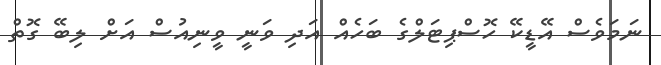
ނަމަވެސް އޭޑީކޭ ހޮސްޕިޓަލްގެ ބަހެއް އަދި ވަނީ ވީނިއުސް އަށް ލިބޭ ގޮތް